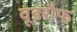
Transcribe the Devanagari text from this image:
वूडरौफ